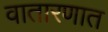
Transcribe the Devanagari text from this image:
वातारणात